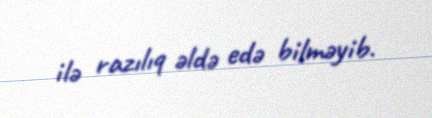
ilə razılıq əldə edə bilməyib.